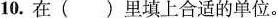
10.在( )里填上合适的单位。